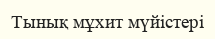
Тынық мұхит мүйістері